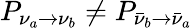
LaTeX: P_{\nu_{a}\rightarrow\nu_{b}}\neq P_{{\bar{\nu}}_{b}\rightarrow{\bar{\nu}}_{a}}